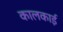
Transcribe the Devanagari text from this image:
कालकाई